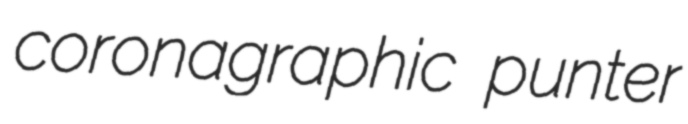
coronagraphic punter